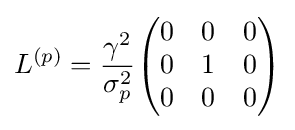
L^{(p)}={\frac {\gamma ^{2}}{\sigma _{p}^{2}}}{\begin{pmatrix}0&0&0\\0&1&0\\0&0&0\end{pmatrix}}